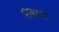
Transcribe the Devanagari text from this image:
पत्थरा